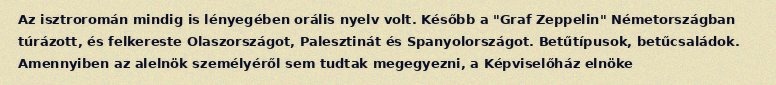
Az isztroromán mindig is lényegében orális nyelv volt. Később a "Graf Zeppelin" Németországban túrázott, és felkereste Olaszországot, Palesztinát és Spanyolországot. Betűtípusok, betűcsaládok. Amennyiben az alelnök személyéről sem tudtak megegyezni, a Képviselőház elnöke